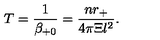
T = \frac 1 { \beta _ { + 0 } } = \frac { n r _ { + } } { 4 \pi \Xi l ^ { 2 } } .